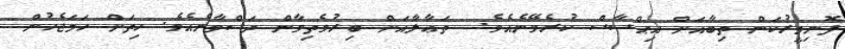
ފޮނިމީރުކަން ތިބާއަށް އިޙްސާސް ކުރެވޭނެއެވެ.  ތަޢާލާއަށް ބިރުވެތިވާން ދަސްވާނެއެވެ. ހިތަށް ހަމަޖެހުން